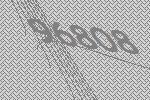
96808